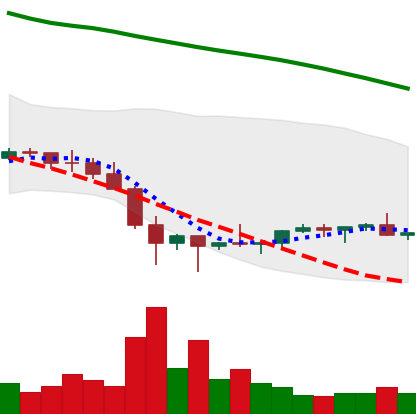
Ticker: EOS-USD
Chart end date: 2022-02-03
Forward return: 14.603%
Label: up_7plus